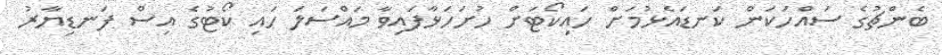
ބެންޗުގެ ސައްހަކަން ކަނޑައެޅުމަށް ހައިކޯޓަށް ހުށަހަޅާފައިވާ މައްސަލަ ހައި ކޯޓުގެ އިސް ފަނޑިޔާރު